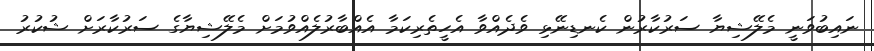
ނައިބުވަނީ މެލޭޝިޔާ ސަރުކާރުން ކެނޑިނޭޅި ވެދެއްވާ އެހީތެރިކަމާ އެއްބާރުލެއްވުމަށް މެލޭޝިޔާގެ ސަރުކާރަށް ޝުކުރު